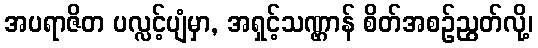
အပရာဇိတ ပလ္လင့်ပျံမှာ, အရှင့်သဏ္ဌာန် စိတ်အစဉ်ညွတ်လို့၊